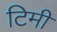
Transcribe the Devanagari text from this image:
टिमी